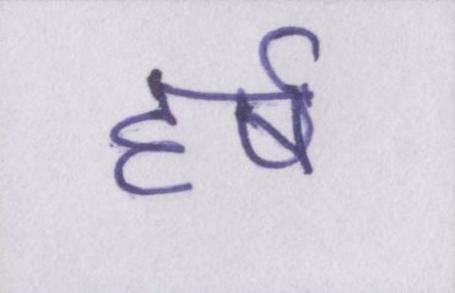
हर्ष